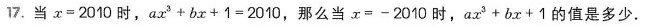
17.当x=2010时，ax^3+bx+1=2010,那么当x=-2010时，ax^3+bx+1的值是多少.